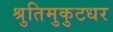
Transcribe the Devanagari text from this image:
श्रुतिमुकुटधर